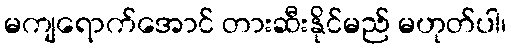
မကျရောက်အောင် တားဆီးနိုင်မည် မဟုတ်ပါ၊